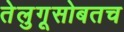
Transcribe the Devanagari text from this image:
तेलुगूसोबतच